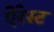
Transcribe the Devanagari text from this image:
ऐरेस्ट